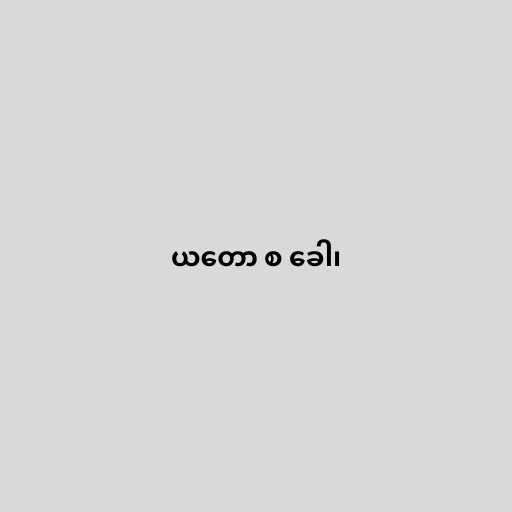
ယတော စ ခေါ၊